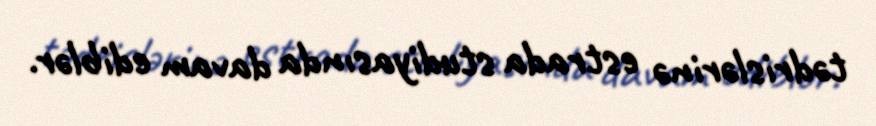
tədrislərinə estrada studiyasında davam ediblər.